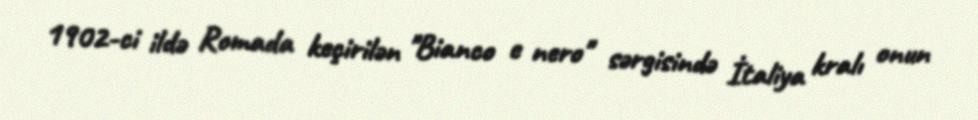
1902-ci ildə Romada keçirilən "Bianco e nero" sərgisində İtaliya kralı onun